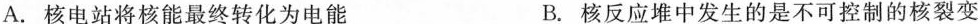
A.核电站将核能最终转化为电能 B.核反应堆中发生的是不可控制的核裂变